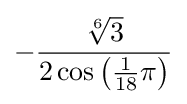
-{\frac {\sqrt[{6}]{3}}{2\cos \left({\frac {1}{18}}\pi \right)}}